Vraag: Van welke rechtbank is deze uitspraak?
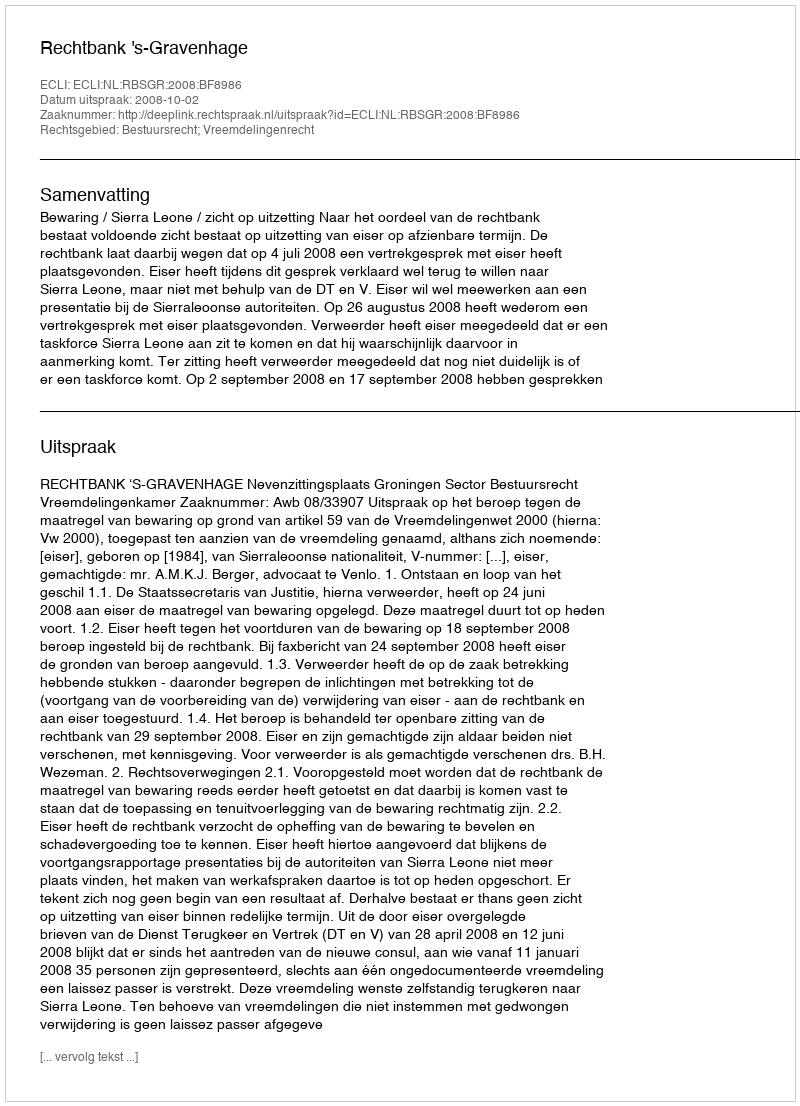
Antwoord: Rechtbank 's-Gravenhage